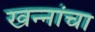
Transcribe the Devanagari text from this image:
खन्‍नांचा